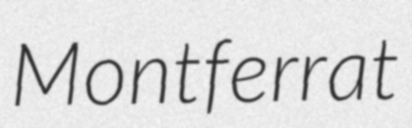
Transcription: Montferrat